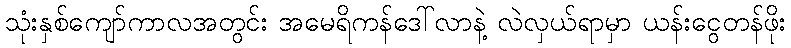
သုံးနှစ်ကျော်ကာလအတွင်း အမေရိကန်ဒေါ်လာနဲ့ လဲလှယ်ရာမှာ ယန်းငွေတန်ဖိုး